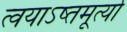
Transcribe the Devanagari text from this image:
त्वयाऽष्तमूर्त्या